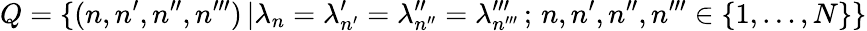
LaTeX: Q=\{ (n,n^{\prime},n^{\prime\prime},n^{\prime\prime\prime})\, |\lambda_{n}=\lambda_{n^{\prime}}^{\prime}=\lambda_{n^{\prime\prime}}^{\prime\prime}=\lambda_{n^{\prime\prime\prime}}^{\prime\prime\prime}\, ;\, n,n^{\prime},n^{\prime\prime},n^{\prime\prime\prime}\in\{ 1,\ldots,N\} \}